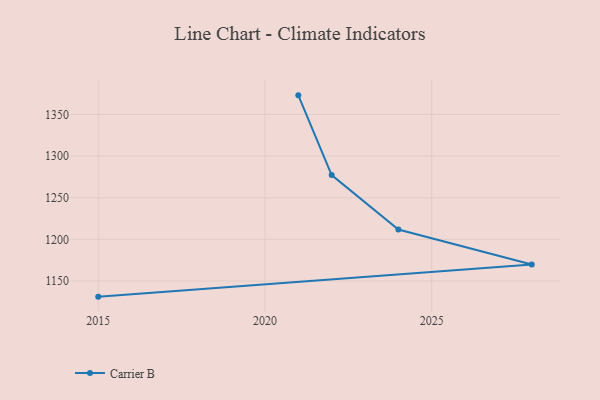
{"axis": {"x": "Year", "y": "Inventory Turnover"}, "legend": ["Carrier B"], "data": [{"x": "2021", "y": 1373.0, "type": "Carrier B"}, {"x": "2022", "y": 1277.2, "type": "Carrier B"}, {"x": "2024", "y": 1211.8, "type": "Carrier B"}, {"x": "2028", "y": 1169.9, "type": "Carrier B"}, {"x": "2015", "y": 1131.2, "type": "Carrier B"}]}